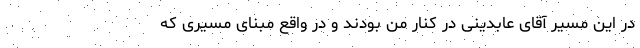
در این مسیر آقای عابدینی در کنار من بودند و در واقع مبنای مسیری که